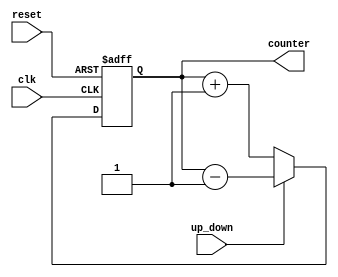
module Up_Down_Counter(input clk, reset,up_down, output[3:0]  counter
    );
reg [3:0] counter_up_down;

// down counter
always @(posedge clk or posedge reset)
begin
if(reset)
 counter_up_down <= 4'h0;
else if(~up_down)
 counter_up_down <= counter_up_down + 4'd1;
else
 counter_up_down <= counter_up_down - 4'd1;
end 
assign counter = counter_up_down;
endmodule